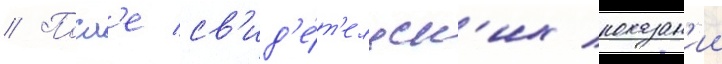
// Посл'е св'ид'е́т'ельск'их показан'ии